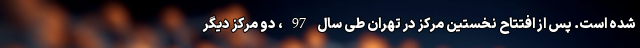
شده است. پس از افتتاح نخستین مرکز در تهران طی سال 97، دو مرکز دیگر